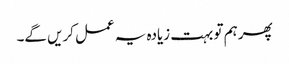
پھر ہم تو بہت زیادہ یہ عمل کریں گے۔